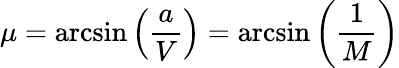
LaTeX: \mu=\arcsin\left({\frac{a}{V}}\right)=\arcsin\left({\frac{1}{M}}\right)